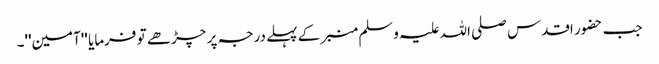
جب حضور اقدس صلی اللہ علیہ وسلم منبر کے پہلے درجہ پر چڑھے تو فرمایا ''آمین''۔